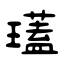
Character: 瓂